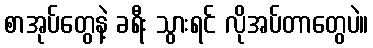
စာအုပ်တွေနဲ့ ခရီး သွားရင် လိုအပ်တာတွေပဲ။